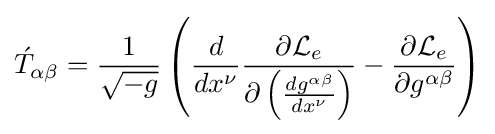
{\acute {T}}_{\alpha \beta }={1 \over {\sqrt {-g}}}\left({d \over {dx^{\nu }}}{{\partial {\mathcal {L}}_{e}} \over {\partial \left({{dg^{\alpha \beta }} \over {dx^{\nu }}}\right)}}-{{\partial {\mathcal {L}}_{e}} \over {\partial g^{\alpha \beta }}}\right)